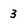
Character: 3